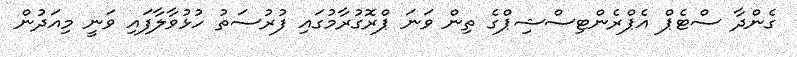
ގެންދާ ސްޓެޕް އެޕްރެންޓިސްޝިޕްގެ ތިން ވަނަ ޕްރޮގުރާމުގައި ފުރުސަތު ހުޅުވާލާފައި ވަނީ މިއަދުން